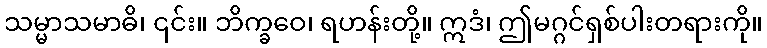
သမ္မာသမာဓိ၊ ၎င်း။ ဘိက္ခဝေ၊ ရဟန်းတို့။ ဣဒံ၊ ဤမဂ္ဂင်ရှစ်ပါးတရားကို။